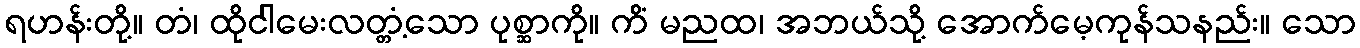
ရဟန်းတို့။ တံ၊ ထိုငါမေးလတ္တံ့သော ပုစ္ဆာကို။ ကိံ မညထ၊ အဘယ်သို့ အောက်မေ့ကုန်သနည်း။ သော